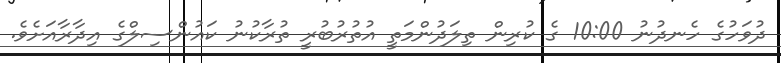
ދުވަހުގެ ހެނދުނު 10:00 ގެ ކުރިން ތިލަދުންމަތީ އުތުރުބުރީ ތުރާކުނު ކައުންސިލްގެ އިދާރާއަށެވެ.